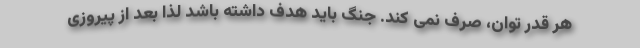
هر قدر توان، صرف نمی کند. جنگ باید هدف داشته باشد لذا بعد از پیروزی